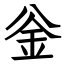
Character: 釡